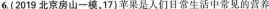
6.(2019北京房山一模，17)苹果是人们日常生活中常见的营养